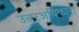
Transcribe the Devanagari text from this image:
उत्तरअधिकारी